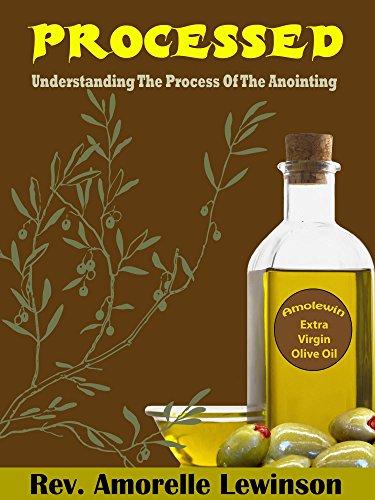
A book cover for PROCESSED: Understanding the Process of the Anointing; Rev. Amorelle Lewinson; Christian Books & Bibles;